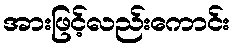
အားဖြင့်လည်းကောင်း